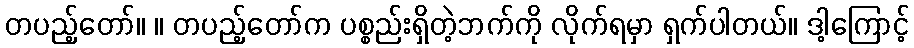
တပည့်တော်။ ။ တပည့်တော်က ပစ္စည်းရှိတဲ့ဘက်ကို လိုက်ရမှာ ရှက်ပါတယ်။ ဒါ့ကြောင့်